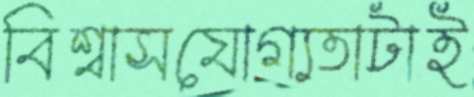
বিশ্বাসযোগ্যতাটাই